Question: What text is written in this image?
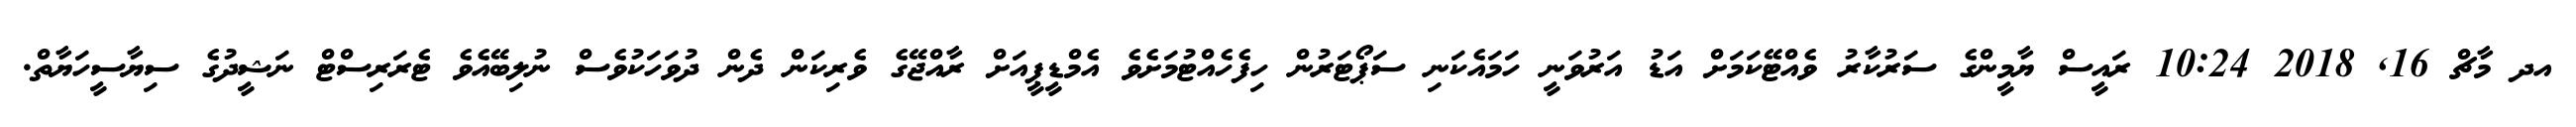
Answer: އދ މާޗް 16, 2018 10:24 ރައީސް ޔާމީންގެ ސަރުކާރު ވެއްޓޭކަމަށް އަޑު އަރުވަނީ ހަމައެކަނި ސަޕޯޓަރުން ހިފެހެއްޓުމަށެވެ އެމްޑީޕީއަށް ރާއްޖޭގެ ވެރިކަން ދެން ދުވަހަކުވެސް ނުލިބޭއެވެ ޓެރަރިސްޓް ނަޝީދުގެ ސިޔާސީހަޔާތް.